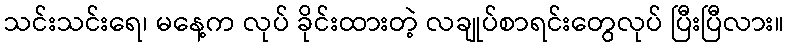
သင်းသင်းရေ၊ မနေ့က လုပ် ခိုင်းထားတဲ့ လချုပ်စာရင်းတွေလုပ် ပြီးပြီလား။